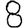
Digit: 8